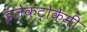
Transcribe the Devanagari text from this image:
इलेक्ट्रोकेमी